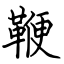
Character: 鞭